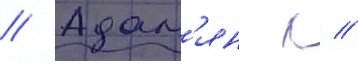
// Адам'ян л //